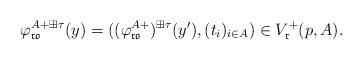
LaTeX: \begin{align*}\varphi^{A+\boxplus\tau}_{\frak r\frak o}(y)=((\varphi^{A+}_{\frak r\frak o})^{\boxplus\tau}(y'),(t_i)_{i\in A})\in V_{\frak r}^+(p,A).\end{align*}